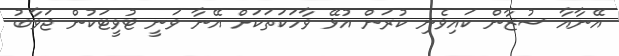
އޭނާއާ ސުޒާން ކައިވެނި ކުރަން އުޅޭ ވާހަކަތަކަށް އޭނާ ވަނީ ޓުވީޓަކުން ޖަވާބު